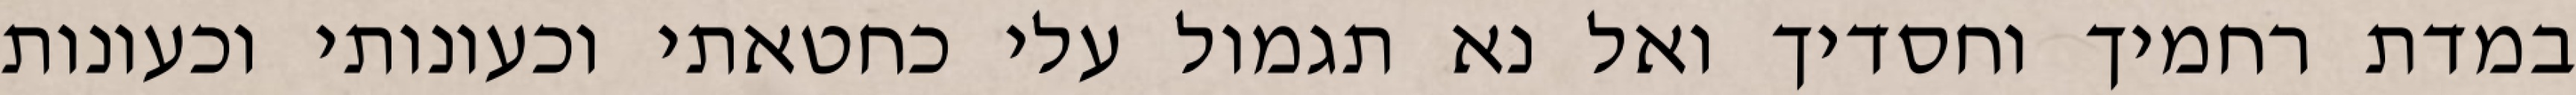
במדת רחמיך וחסדיך ואל נא תגמול עלי כחטאתי וכעונותי וכעונות